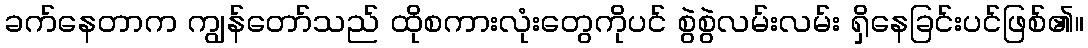
ခက်နေတာက ကျွန်တော်သည် ထိုစကားလုံးတွေကိုပင် စွဲစွဲလမ်းလမ်း ရှိနေခြင်းပင်ဖြစ်၏။